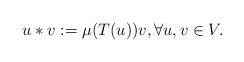
LaTeX: \begin{align*} u \ast v := \mu(T(u)) v, \forall u,v \in V. \end{align*}